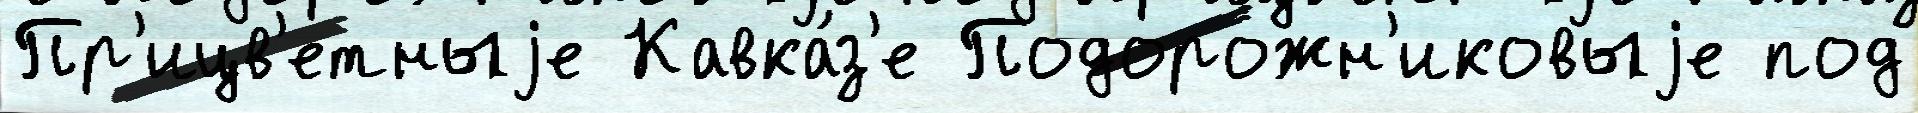
Пр'ицв'етныjе Кавка́з'е Подорожн'иковыjе под